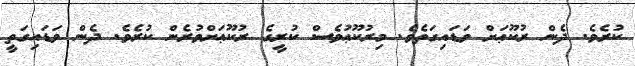
ކުރެވެ. ދެން ރުކޫޢަށް ވަޑައިގަތެވެ. މިރުކޫޢުވެސް ކުރީގެ ރުކޫޢަށްވުރެން ކުރެވެ. ދެން ވަޑައިގަތީ